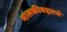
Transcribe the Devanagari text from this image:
मालकीबद्दलचे